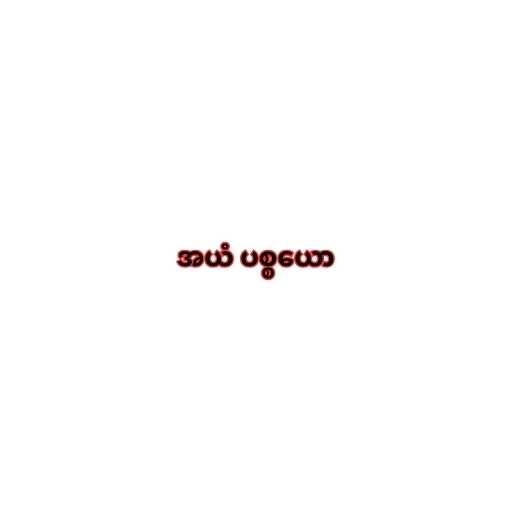
အယံ ပစ္စယော